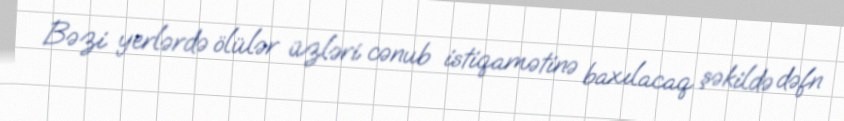
Bəzi yerlərdə ölülər üzləri cənub istiqamətinə baxılacaq şəkildə dəfn